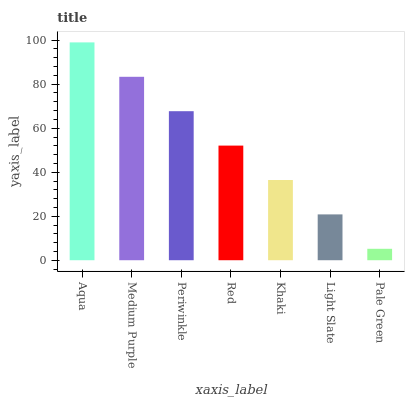
| xaxis_label | bars |
 | --- | --- |
 | Aqua | 99 |
 | Medium Purple | 83.4 |
 | Periwinkle | 67.7 |
 | Red | 52.1 |
 | Khaki | 36.5 |
 | Light Slate | 20.8 |
 | Pale Green | 5.19 |